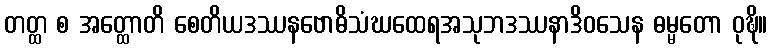
တတ္ထ စ အတ္ထောတိ စေတိယဒဿနဗောဓိသံဃထေရအသုဘဒဿနာဒိဝသေန ဓမ္မတော ဝုဍ္ဎိ။